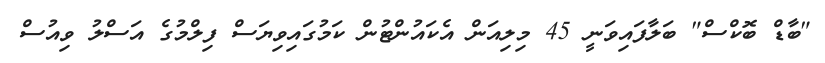
"ބާޑް ބޮކްސް" ބަލާފައިވަނީ 45 މިލިއަން އެކައުންޓުން ކަމުގައިވިޔަސް ފިލްމުގެ އަސްލު ވިއުސް